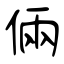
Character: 倆